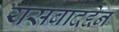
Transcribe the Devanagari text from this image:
यसबादद्देन